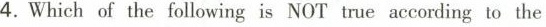
4. Which of the following is NOT true according to the